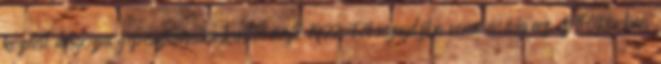
kezdett dolgozni gépésztechnikusként, majd 1977-tôl nyugdíjba vonulásáig az építôiparban